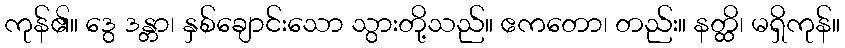
ကုန်၏။ ဒွေ ဒန္တာ၊ နှစ်ချောင်းသော သွားတို့သည်။ ဧကတော၊ တည်း။ နတ္ထိ၊ မရှိကုန်။